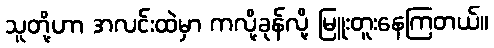
သူတို့ဟာ အလင်းထဲမှာ ကလို့ခုန်လို့ မြူးတူးနေကြတယ်။